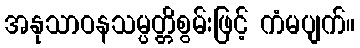
အနုသာဝနသမ္ပတ္တိစွမ်းဖြင့် ကံမပျက်။